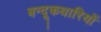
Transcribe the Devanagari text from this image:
बन्दूकधारियों